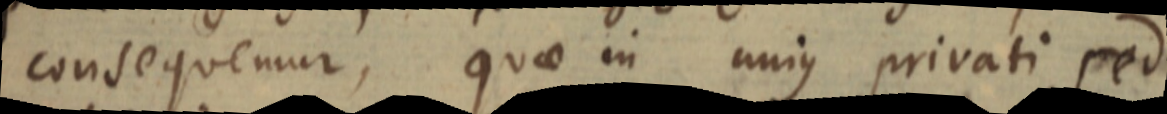
consequemur, quae in unius privati sed